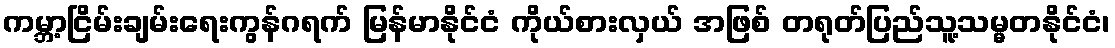
ကမ္ဘာ့ငြိမ်းချမ်းရေးကွန်ဂရက် မြန်မာနိုင်ငံ ကိုယ်စားလှယ် အဖြစ် တရုတ်ပြည်သူ့သမ္မတနိုင်ငံ၊